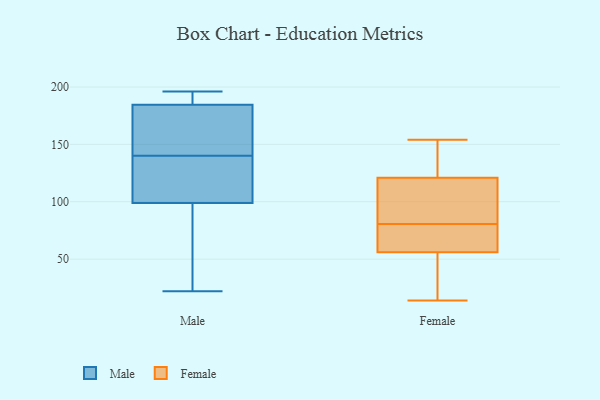
{"axis": {"x": "Population (Million)", "y": "Value"}, "legend": ["Female", "Male"], "data": [{"x": "", "y": 73, "type": "Male"}, {"x": "", "y": 139, "type": "Male"}, {"x": "", "y": 75, "type": "Male"}, {"x": "", "y": 186, "type": "Male"}, {"x": "", "y": 164, "type": "Male"}, {"x": "", "y": 93, "type": "Male"}, {"x": "", "y": 22, "type": "Male"}, {"x": "", "y": 117, "type": "Male"}, {"x": "", "y": 140, "type": "Male"}, {"x": "", "y": 190, "type": "Male"}, {"x": "", "y": 133, "type": "Male"}, {"x": "", "y": 196, "type": "Male"}, {"x": "", "y": 180, "type": "Male"}, {"x": "", "y": 166, "type": "Male"}, {"x": "", "y": 195, "type": "Male"}, {"x": "", "y": 89, "type": "Female"}, {"x": "", "y": 14, "type": "Female"}, {"x": "", "y": 65, "type": "Female"}, {"x": "", "y": 136, "type": "Female"}, {"x": "", "y": 133, "type": "Female"}, {"x": "", "y": 17, "type": "Female"}, {"x": "", "y": 121, "type": "Female"}, {"x": "", "y": 154, "type": "Female"}, {"x": "", "y": 56, "type": "Female"}, {"x": "", "y": 81, "type": "Female"}, {"x": "", "y": 75, "type": "Female"}, {"x": "", "y": 80, "type": "Female"}, {"x": "", "y": 35, "type": "Female"}, {"x": "", "y": 109, "type": "Female"}]}